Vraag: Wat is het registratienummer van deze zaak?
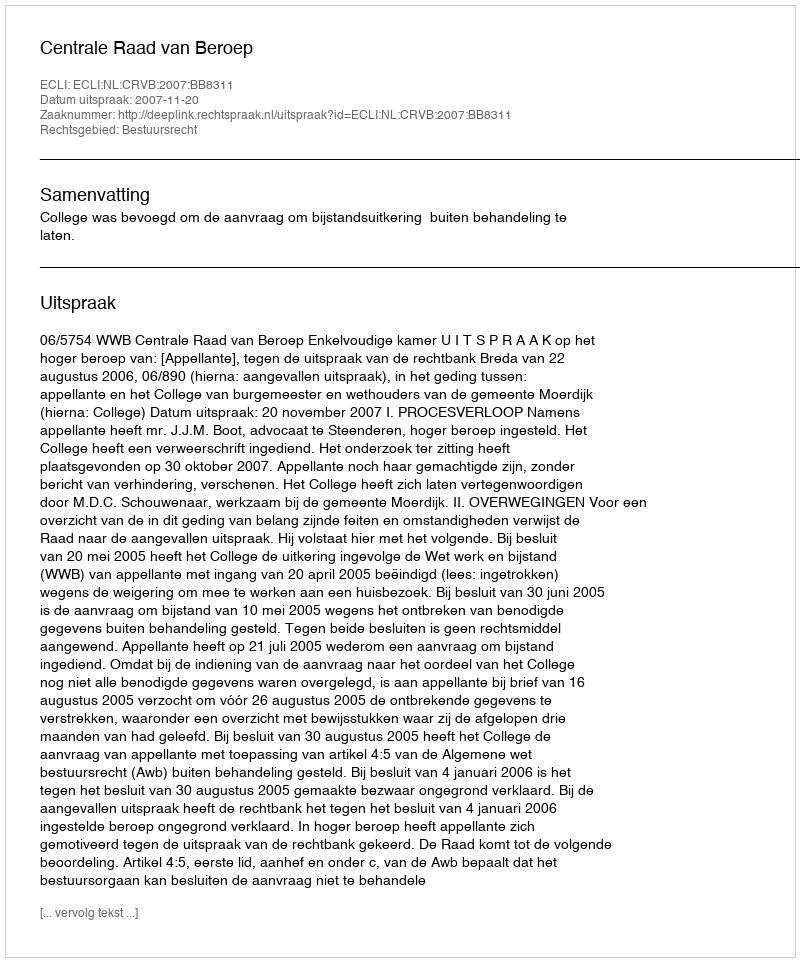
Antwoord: http://deeplink.rechtspraak.nl/uitspraak?id=ECLI:NL:CRVB:2007:BB8311